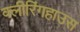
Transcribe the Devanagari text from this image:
क्लीरिंगहाउस